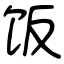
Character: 饭